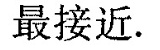
最接近。